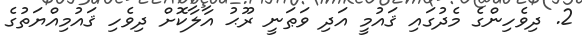
2. ދިވެހިންގެ މެދުގައި ޤައުމީ އަދި ވަޠަނީ ރޫޙު އާލާކޮށް ދިވެހި ޤައުމިއްޔަތުގެ